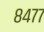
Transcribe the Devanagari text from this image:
८४७७